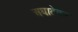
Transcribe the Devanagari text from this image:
अघाटेकर